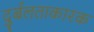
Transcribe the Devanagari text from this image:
दुर्बलताकारक